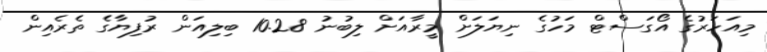
މިއަހަރުގެ އޯގަސްޓް މަހުގެ ނިޔަލަށް މީރާއަށް ލިބުނު 10.28 ބިލިއަން ރުފިޔާގެ ތެރެއިން